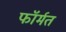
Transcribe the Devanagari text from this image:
फॉर्मत